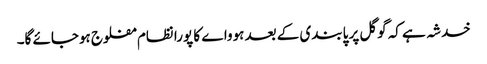
خدشہ ہے کہ گوگل پر پابندی کے بعد ہوواے کا پورا نظام مفلوج ہوجائے گا۔